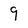
Character: 9